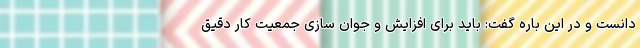
دانست و در این باره گفت: باید برای افزایش و جوان سازی جمعیت کار دقیق